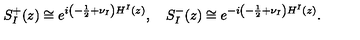
S _ { I } ^ { + } ( z ) \cong e ^ { i \left( - \frac { 1 } { 2 } + \nu _ { I } \right) H ^ { I } ( z ) } , \quad S _ { I } ^ { - } ( z ) \cong e ^ { - i \left( - \frac { 1 } { 2 } + \nu _ { I } \right) H ^ { I } ( z ) } .